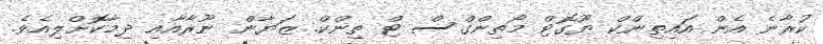
ކުރާނެ އެން އައިތިންކް ޔޫގޮޓް މޯތިންގްސް ޓް ތިންކް. ޒަޔާން ނޫރާއާއި ދިމާކޮށްލިއެވެ.